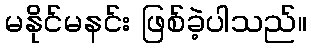
မနိုင်မနင်း ဖြစ်ခဲ့ပါသည်။